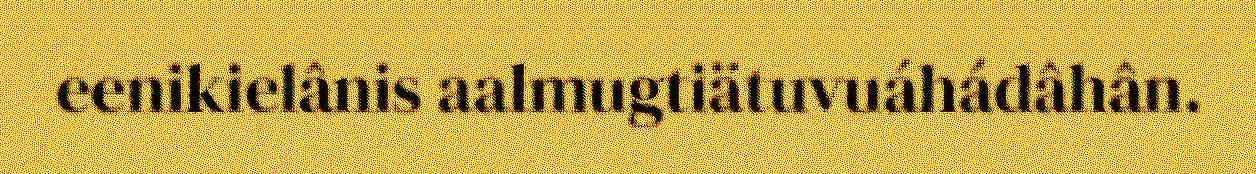
eenikielânis aalmugtiätuvuáhádâhân.